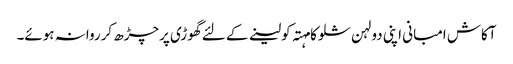
آکاش امبانی اپنی دولہن شلوکا مہتہ کولینے کے لئے گھوڑی پرچڑھ کرروانہ ہوئے۔